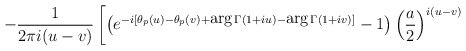
\begin{align*}- \frac{1}{2 \pi i (u-v)} \left[ \left( e^{-i[ \theta_p(u) - \theta_p(v) + \mbox{arg} \, \Gamma(1+iu) - \mbox{arg} \, \Gamma(1+iv)]} - 1 \right) {\left( \frac{a}{2} \right)}^{i(u-v)} \right.\end{align*}